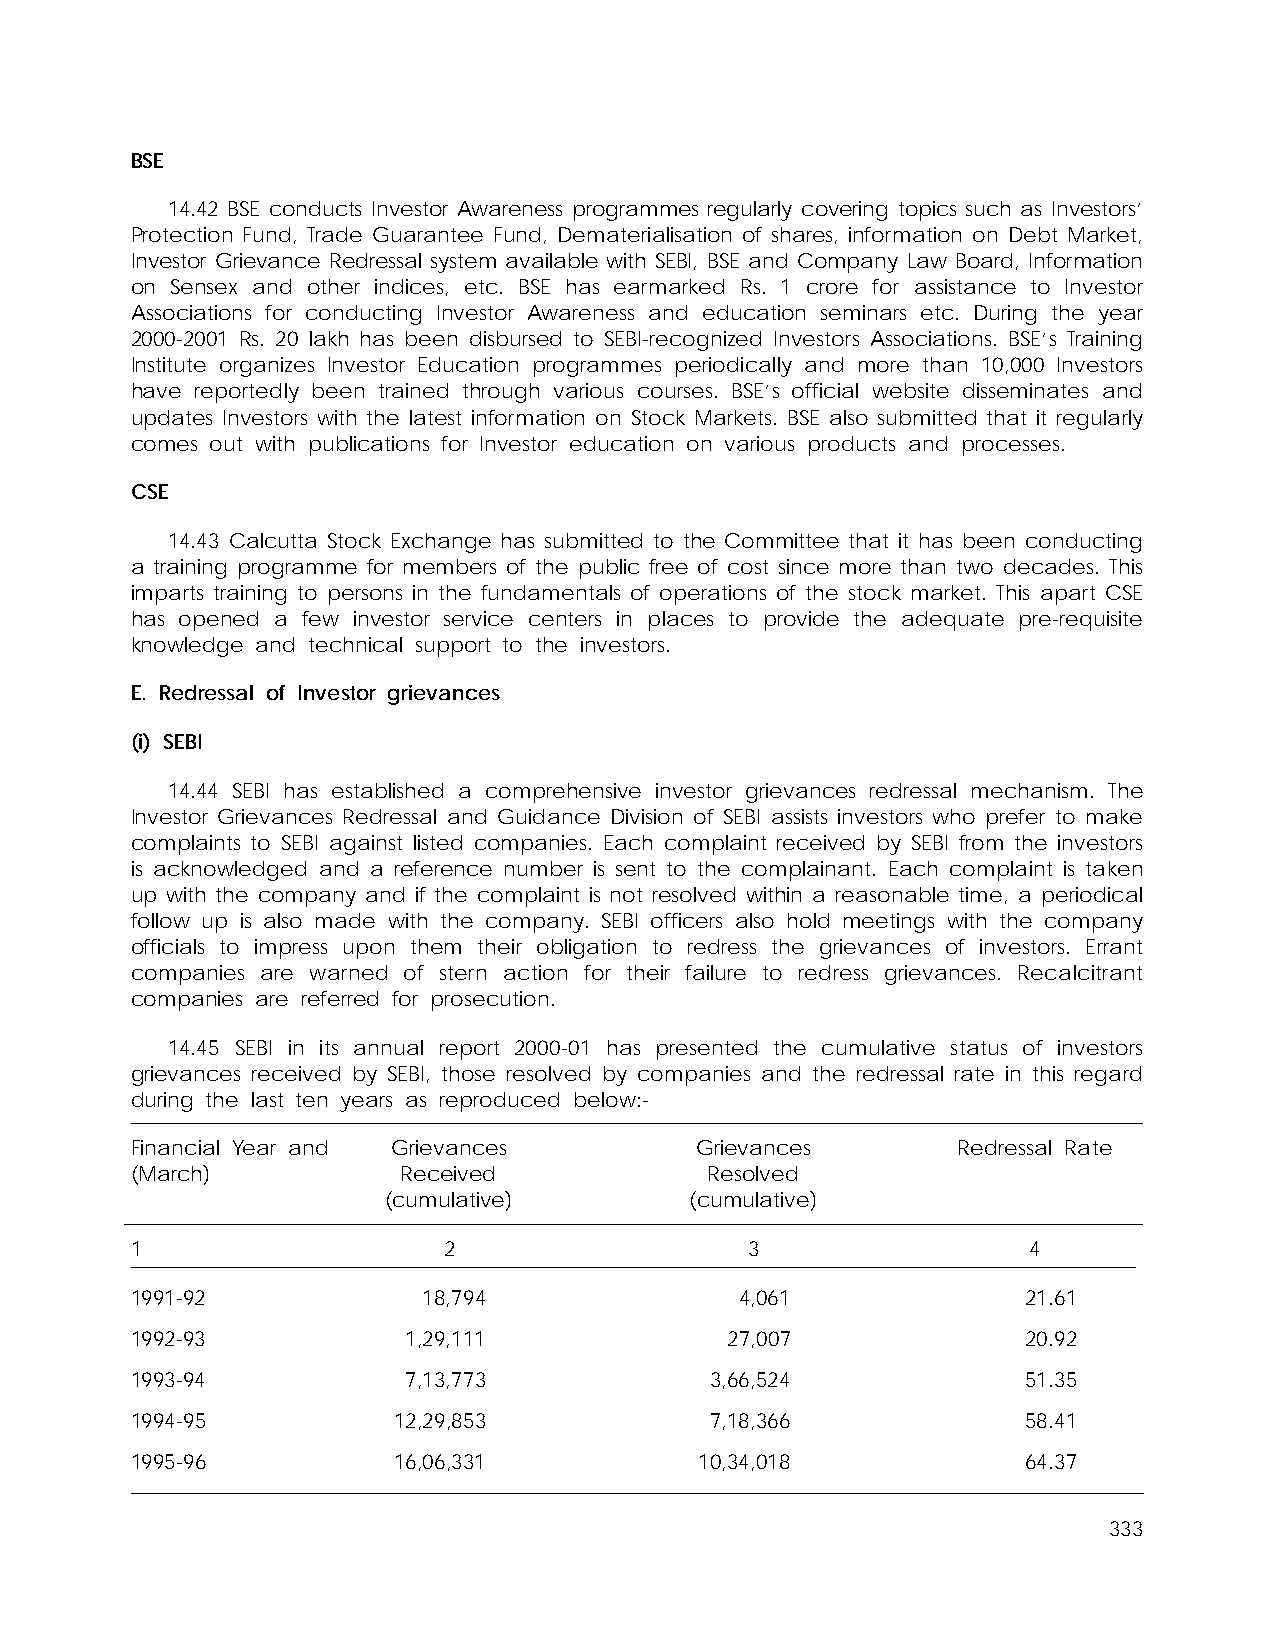
BSE
 14.42 BSE conducts Investor Awareness programmes regularly covering topics such as Investors’
 Protection Fund, Trade Guarantee Fund, Dematerialisation of shares, information on Debt Market,
 Investor Grievance Redressal system available with SEBI, BSE and Company Law Board, Information
 on Sensex and other indices, etc. BSE has earmarked Rs. 1 crore for assistance to Investor
 Associations for conducting Investor Awareness and education seminars etc. During the year
 2000-2001 Rs. 20 lakh has been disbursed to SEBI-recognized Investors Associations. BSE’s Training
 Institute organizes Investor Education programmes periodically and more than 10,000 Investors
 have reportedly been trained through various courses. BSE’s official website disseminates and
 updates Investors with the latest information on Stock Markets. BSE also submitted that it regularly
 comes out with publications for Investor education on various products and processes.
 CSE
 14.43 Calcutta Stock Exchange has submitted to the Committee that it has been conducting
 a training programme for members of the public free of cost since more than two decades. This
 imparts training to persons in the fundamentals of operations of the stock market. This apart CSE
 has opened a few investor service centers in places to provide the adequate pre-requisite
 knowledge and technical support to the investors.
 E. Redressal of Investor grievances
 (i) SEBI
 14.44 SEBI has established a comprehensive investor grievances redressal mechanism. The
 Investor Grievances Redressal and Guidance Division of SEBI assists investors who prefer to make
 complaints to SEBI against listed companies. Each complaint received by SEBI from the investors
 is acknowledged and a reference number is sent to the complainant. Each complaint is taken
 up with the company and if the complaint is not resolved within a reasonable time, a periodical
 follow up is also made with the company. SEBI officers also hold meetings with the company
 officials to impress upon them their obligation to redress the grievances of investors. Errant
 companies are warned of stern action for their failure to redress grievances. Recalcitrant
 companies are referred for prosecution.
 14.45 SEBI in its annual report 2000-01 has presented the cumulative status of investors
 grievances received by SEBI, those resolved by companies and the redressal rate in this regard
 during the last ten years as reproduced below:-
 Financial Year and Grievances        Grievances       Redressal Rate
 (March)           Received            Resolved
 (cumulative)         (cumulative)
 1                   2                    3                 4
 1991-92            18,794               4,061              21.61
 1992-93           1,29,111             27,007              20.92
 1993-94           7,13,773            3,66,524             51.35
 1994-95          12,29,853            7,18,366             58.41
 1995-96          16,06,331           10,34,018             64.37
 333